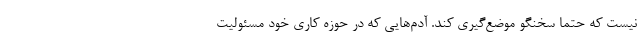
نیست که حتما سخنگو موضع‌گیری کند. آدم‌هایی که در حوزه کاری خود مسئولیت